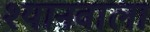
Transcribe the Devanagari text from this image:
श्यानवाला